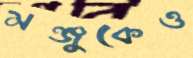
মঞ্জুকেও